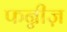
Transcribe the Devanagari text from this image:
फन्नीज़